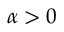
\alpha > 0